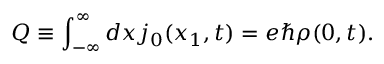
Q \equiv \int _ { - \infty } ^ { \infty } d x j _ { 0 } ( x _ { 1 } , t ) = e { \hbar } { \rho } ( 0 , t ) .